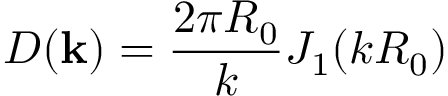
D ( \mathbf { k } ) = \frac { 2 \pi R _ { 0 } } { k } J _ { 1 } ( k R _ { 0 } )